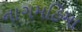
નાગમહિમા